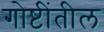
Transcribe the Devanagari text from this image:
गोष्टींतील